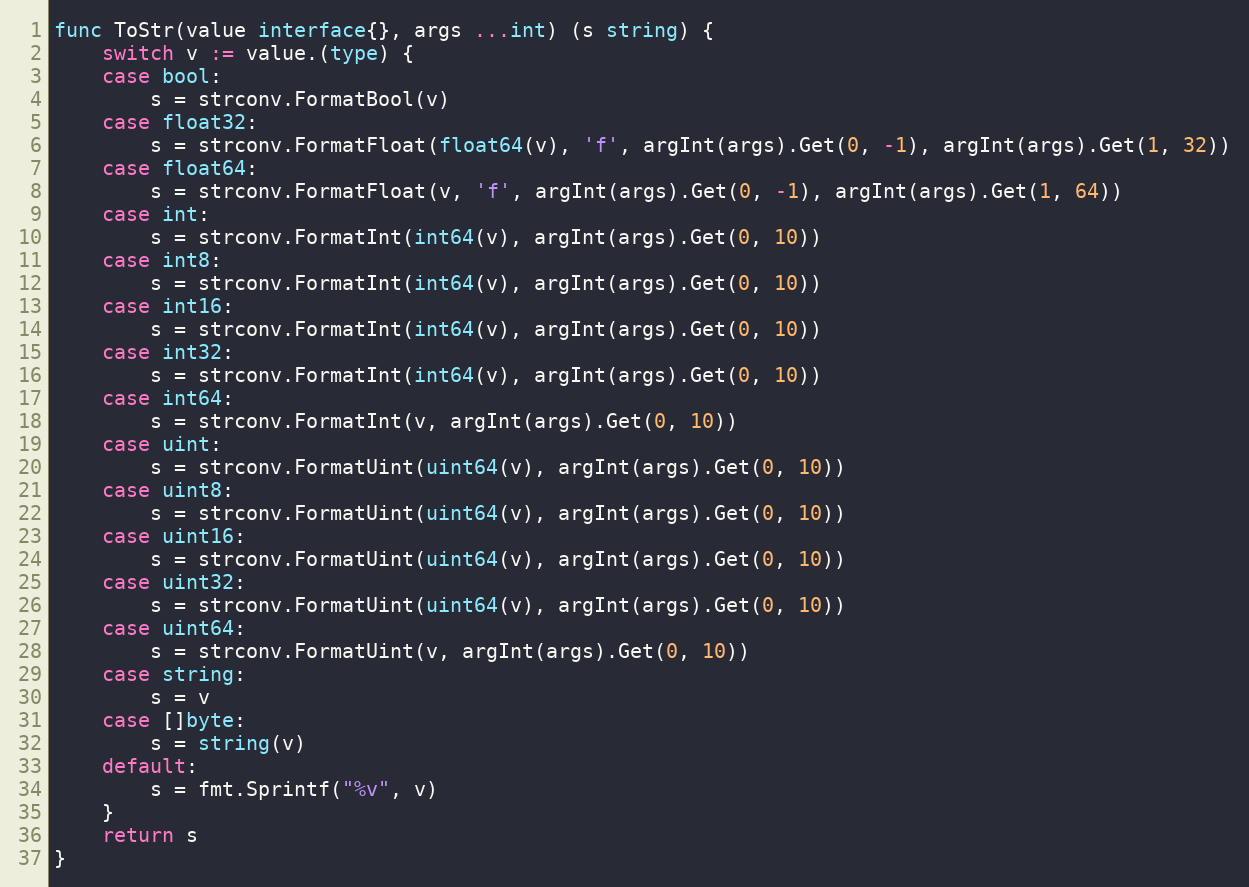
Language: Go
func ToStr(value interface{}, args ...int) (s string) {
	switch v := value.(type) {
	case bool:
		s = strconv.FormatBool(v)
	case float32:
		s = strconv.FormatFloat(float64(v), 'f', argInt(args).Get(0, -1), argInt(args).Get(1, 32))
	case float64:
		s = strconv.FormatFloat(v, 'f', argInt(args).Get(0, -1), argInt(args).Get(1, 64))
	case int:
		s = strconv.FormatInt(int64(v), argInt(args).Get(0, 10))
	case int8:
		s = strconv.FormatInt(int64(v), argInt(args).Get(0, 10))
	case int16:
		s = strconv.FormatInt(int64(v), argInt(args).Get(0, 10))
	case int32:
		s = strconv.FormatInt(int64(v), argInt(args).Get(0, 10))
	case int64:
		s = strconv.FormatInt(v, argInt(args).Get(0, 10))
	case uint:
		s = strconv.FormatUint(uint64(v), argInt(args).Get(0, 10))
	case uint8:
		s = strconv.FormatUint(uint64(v), argInt(args).Get(0, 10))
	case uint16:
		s = strconv.FormatUint(uint64(v), argInt(args).Get(0, 10))
	case uint32:
		s = strconv.FormatUint(uint64(v), argInt(args).Get(0, 10))
	case uint64:
		s = strconv.FormatUint(v, argInt(args).Get(0, 10))
	case string:
		s = v
	case []byte:
		s = string(v)
	default:
		s = fmt.Sprintf("%v", v)
	}
	return s
}